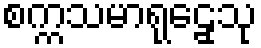
စက္ကသမာရုဠှေသု